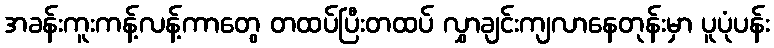
အခန်းကူးကန့်လန့်ကာတွေ တထပ်ပြီးတထပ် လွှာချင်းကျလာနေတုန်းမှာ ပူပုံပန်း